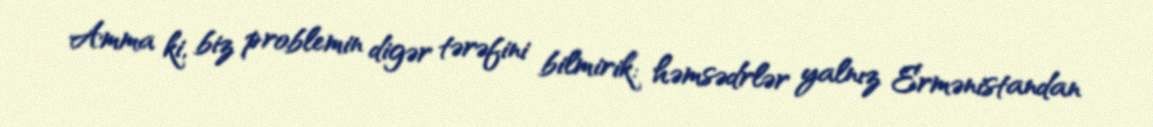
Amma ki, biz problemin digər tərəfini bilmirik: həmsədrlər yalnız Ermənistandan